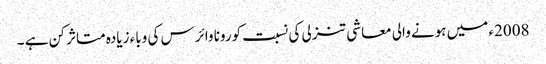
2008ء میں ہونے والی معاشی تنزلی کی نسبت کورونا وائرس کی وباء زیادہ متاثر کن ہے ۔